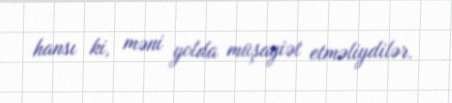
hansı ki, məni yolda müşayiət etməliydilər.